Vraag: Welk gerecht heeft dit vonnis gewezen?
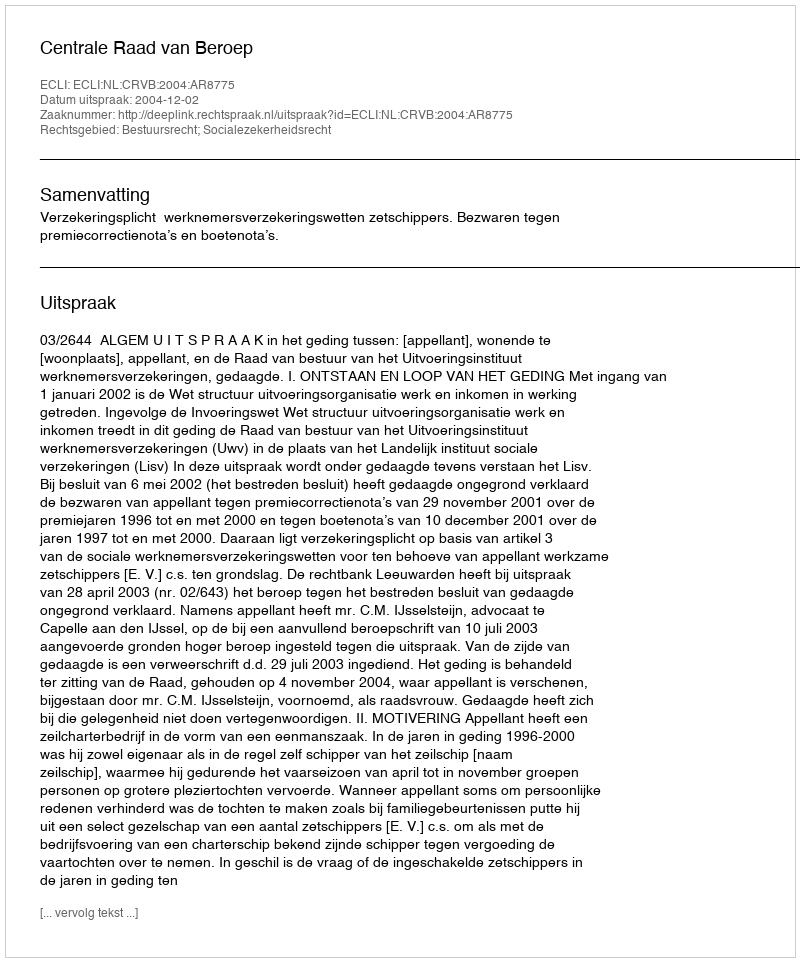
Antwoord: Centrale Raad van Beroep